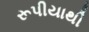
રૂપીયાથી